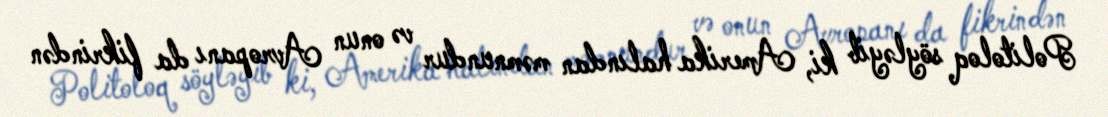
Politoloq söyləyib ki, Amerika halından məmnundur və onun Avropanı da fikrindən